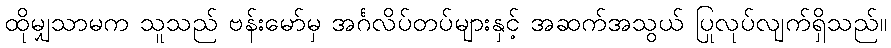
ထိုမျှသာမက သူသည် ဗန်းမော်မှ အင်္ဂလိပ်တပ်များနှင့် အဆက်အသွယ် ပြုလုပ်လျက်ရှိသည်။